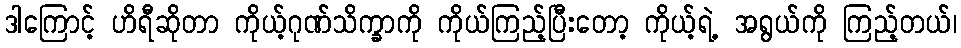
ဒါကြောင့် ဟိရီဆိုတာ ကိုယ့်ဂုဏ်သိက္ခာကို ကိုယ်ကြည့်ပြီးတော့ ကိုယ့်ရဲ့ အရွယ်ကို ကြည့်တယ်၊